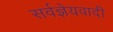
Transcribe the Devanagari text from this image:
सर्वज्ञेयवादी